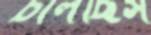
চালছিস